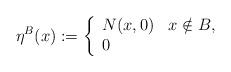
LaTeX: \begin{align*}\eta^B(x) := \left\{\begin{array}{ll}N(x,0) & x \notin B,\\0 & \end{array} \right.\end{align*}